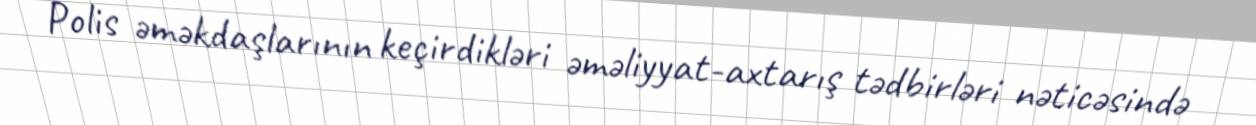
Polis əməkdaşlarının keçirdikləri əməliyyat-axtarış tədbirləri nəticəsində